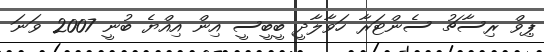
ޕިވް ރިސާޗު ސެންޓަރާ ހަވާލާދީ ބީބީސީ އިން އިއްޔެ ބުނީ 2007 ވަނަ